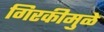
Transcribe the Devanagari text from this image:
गिरकीमुळे